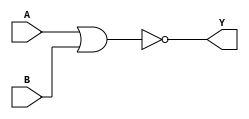
module logicgate_nor( A, Y, B ) ;
	input A, B ;
	output Y ;
	assign Y = ~(A | B) ;
endmodule